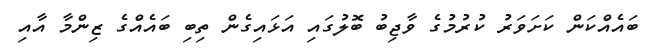
ބައެއްކަން ކަށަވަރު ކުރުމުގެ ވާޖިބު ބޮލުގައި އަޅައިގެން ތިބި ބައެއްގެ ޒިންމާ އާއި